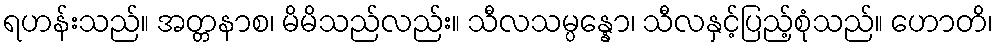
ရဟန်းသည်။ အတ္တနာစ၊ မိမိသည်လည်း။ သီလသမ္ပန္နော၊ သီလနှင့်ပြည့်စုံသည်။ ဟောတိ၊